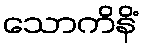
သောကိနိံ